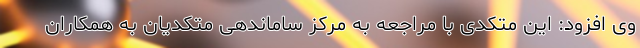
وی افزود: این متکدی با مراجعه به مرکز ساماندهی متکدیان به همکاران